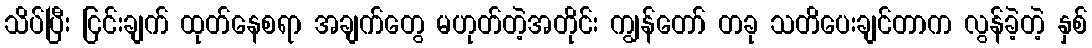
သိပ်ပြီး ငြင်းချက် ထုတ်နေစရာ အချက်တွေ မဟုတ်တဲ့အတိုင်း ကျွန်တော် တခု သတိပေးချင်တာက လွန်ခဲ့တဲ့ နှစ်